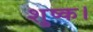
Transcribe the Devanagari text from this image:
शुष्क।